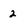
Character: 2